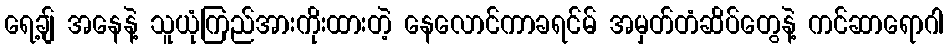
ရေ့ချ် အနေနဲ့ သူယုံကြည်အားကိုးထားတဲ့ နေလောင်ကာခရင်မ် အမှတ်တံဆိပ်တွေနဲ့ ကင်ဆာရောဂါ